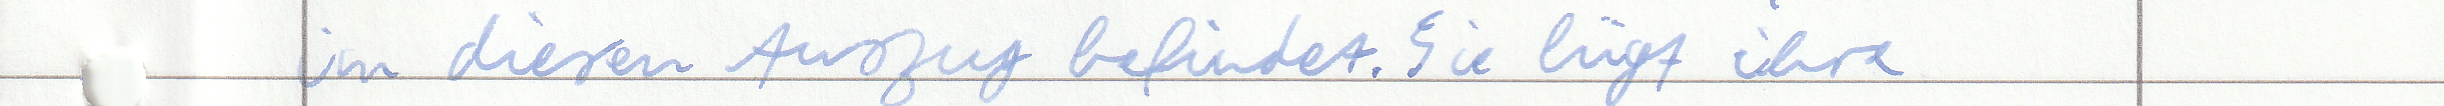
im diesen Auszug befindet. Sie lügt ihre